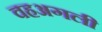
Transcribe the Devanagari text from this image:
वहअगली